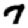
Digit: 7